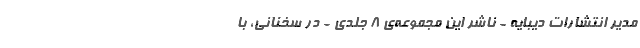
مدیر انتشاراتِ دیبایه - ناشرِ این مجموعه‌ی 8 جلدی - در سخنانی، با